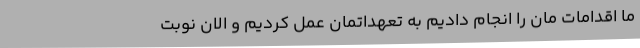
ما اقدامات مان را انجام دادیم به تعهداتمان عمل کردیم و الان نوبت